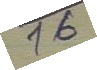
16